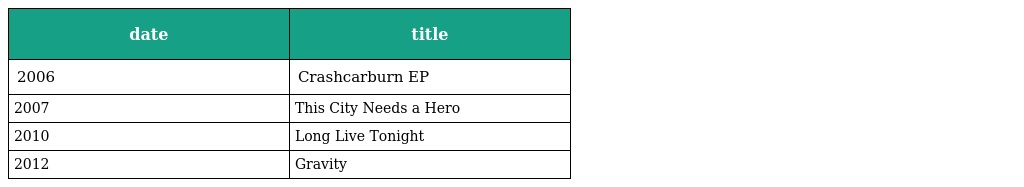
| date | title |
 | --- | --- |
 | 2006 | Crashcarburn EP |
 | 2007 | This City Needs a Hero |
 | 2010 | Long Live Tonight |
 | 2012 | Gravity |